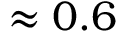
\approx 0 . 6